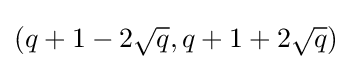
(q+1-2{\sqrt {q}},q+1+2{\sqrt {q}})